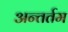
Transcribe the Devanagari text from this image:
अन्तर्तम